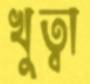
খুত্বা